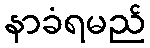
နာခံရမည်